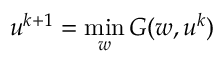
u ^ { k + 1 } = \operatorname* { m i n } _ { w } G ( w , u ^ { k } )